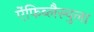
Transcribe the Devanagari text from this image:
ऐंफिब्लैस्चुला